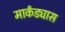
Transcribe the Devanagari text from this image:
मार्कंड्यास